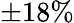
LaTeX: \pm 18\%